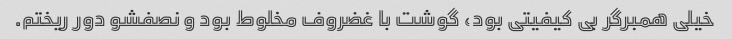
خیلی همبرگر بی کیفیتی بود، گوشت با غضروف مخلوط بود و نصفشو دور ریختم.